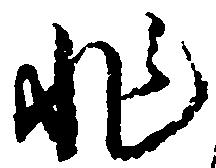
非